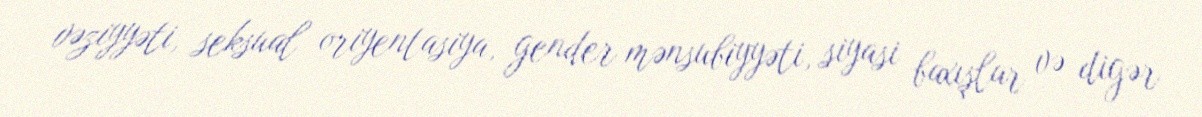
vəziyyəti, seksual oriyentasiya, gender mənsubiyyəti, siyasi baxışlar və digər